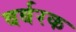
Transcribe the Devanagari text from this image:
बर्बरक